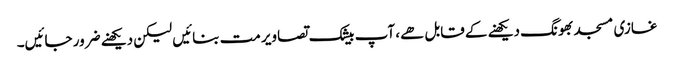
غازی مسجد بھونگ دیکھنے کے قابل ھے، آپ بیشک تصاویر مت بنائیں لیکن دیکھنے ضرور جائیں۔